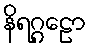
နိရဂ္ဂဠော